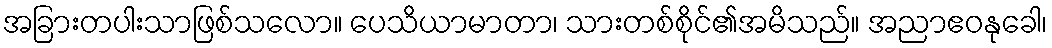
အခြားတပါးသာဖြစ်သလော။ ပေသိယာမာတာ၊ သားတစ်စိုင်၏အမိသည်။ အညာဧဝနုခေါ၊